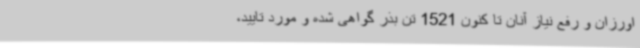
اورزان و رفع نیاز آنان تا کنون 1521 تن بذر گواهی شده و مورد تایید،